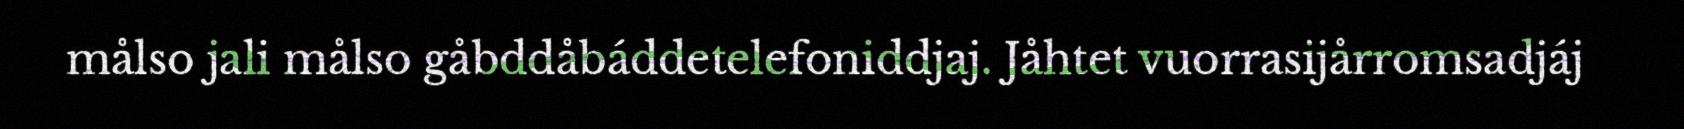
målso jali målso gåbddåbáddetelefoniddjaj. Jåhtet vuorrasijårromsadjáj